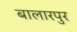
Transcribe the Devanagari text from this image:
बालारपुर